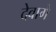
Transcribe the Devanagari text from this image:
देवागे